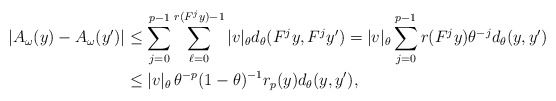
\begin{align*}|A_\omega(y)-A_\omega(y')|& \le \sum_{j=0}^{p-1}\sum_{\ell=0}^{r(F^jy)-1}|v|_\theta d_\theta(F^jy,F^jy')= |v|_\theta\sum_{j=0}^{p-1} r(F^jy)\theta^{-j}d_\theta(y,y')\\ & \le |v|_\theta \,\theta^{-p}(1-\theta)^{-1}r_p(y)d_\theta(y,y'),\end{align*}